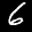
Label: 6